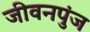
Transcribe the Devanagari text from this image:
जीवनपुंज